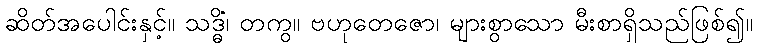
ဆိတ်အပေါင်းနှင့်။ သဒ္ဓိံ၊ တကွ။ ဗဟုတေဇော၊ များစွာသော မီးစာရှိသည်ဖြစ်၍။